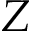
Z